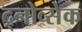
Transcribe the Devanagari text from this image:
द्र्नोव्सेक